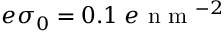
e \sigma _ { 0 } = 0 . 1 \; e \mathrm { ~ n ~ m ~ } ^ { - 2 }